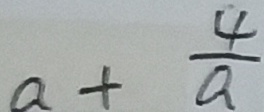
a + \frac { 4 } { a }